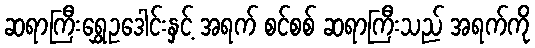
ဆရာကြီးရွှေဥဒေါင်းနှင့် အရက် စင်စစ် ဆရာကြီးသည် အရက်ကို